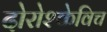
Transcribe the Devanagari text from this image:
दोरोश्केविच